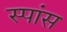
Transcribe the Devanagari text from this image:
स्पांस